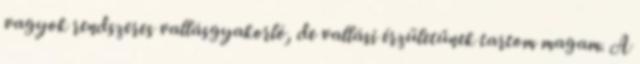
vagyok rendszeres vallásgyakorló, de vallási érzületűnek tartom magam. A